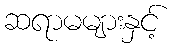
ဆရာမများနှင့်